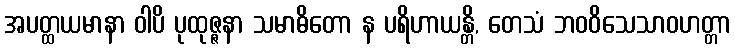
အပတ္ထယမာနာ ဝါပိ ပုထုဇ္ဇနာ သမာဓိတော န ပရိဟာယန္တိ, တေသံ ဘဝဝိသေသာဝဟတ္တာ